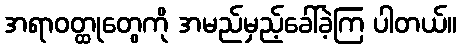
အရာဝတ္ထုတွေကို အမည်မှည့်ခေါ်ခဲ့ကြ ပါတယ်။